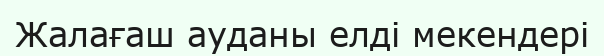
Жалағаш ауданы елді мекендері